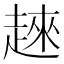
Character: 𧼛